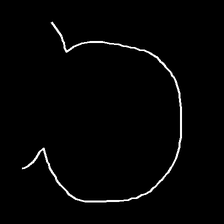
Glyph: weave